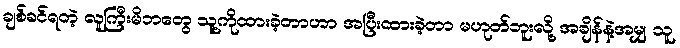
ချစ်ခင်ရတဲ့ လူကြီးမိဘတွေ သူ့ကိုထားခဲ့တာဟာ အပြီးထားခဲ့တာ မဟုတ်ဘူးလို့ အချိန်နဲ့အမျှ သူ